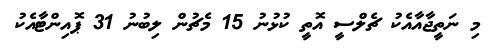
މި ނަތީޖާއާއެކު ޗެލްސީ އޮތީ ކުޅުނު 15 މެޗުން ލިބުނު 31 ޕޮއިންޓާއެކު